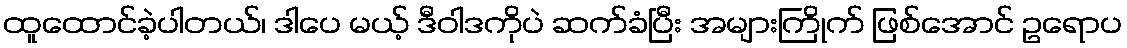
ထူထောင်ခဲ့ပါတယ်၊ ဒါပေ မယ့် ဒီဝါဒကိုပဲ ဆက်ခံပြီး အများကြိုက် ဖြစ်အောင် ဥရောပ